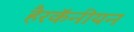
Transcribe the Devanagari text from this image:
हैरकॅनीयन